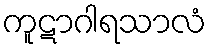
ကူဋာဂါရသာလံ